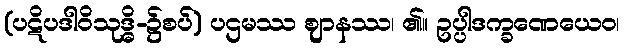
(ပဋိပဒါဝိသုဒ္ဓိ-၌စပ်) ပဌမဿ ဈာနဿ၊ ၏။ ဥပ္ပါဒက္ခဏေယေဝ၊